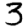
Digit: 3